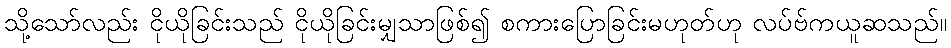
သို့သော်လည်း ငိုယိုခြင်းသည် ငိုယိုခြင်းမျှသာဖြစ်၍ စကားပြောခြင်းမဟုတ်ဟု လပ်ဗ်ကယူဆသည်။